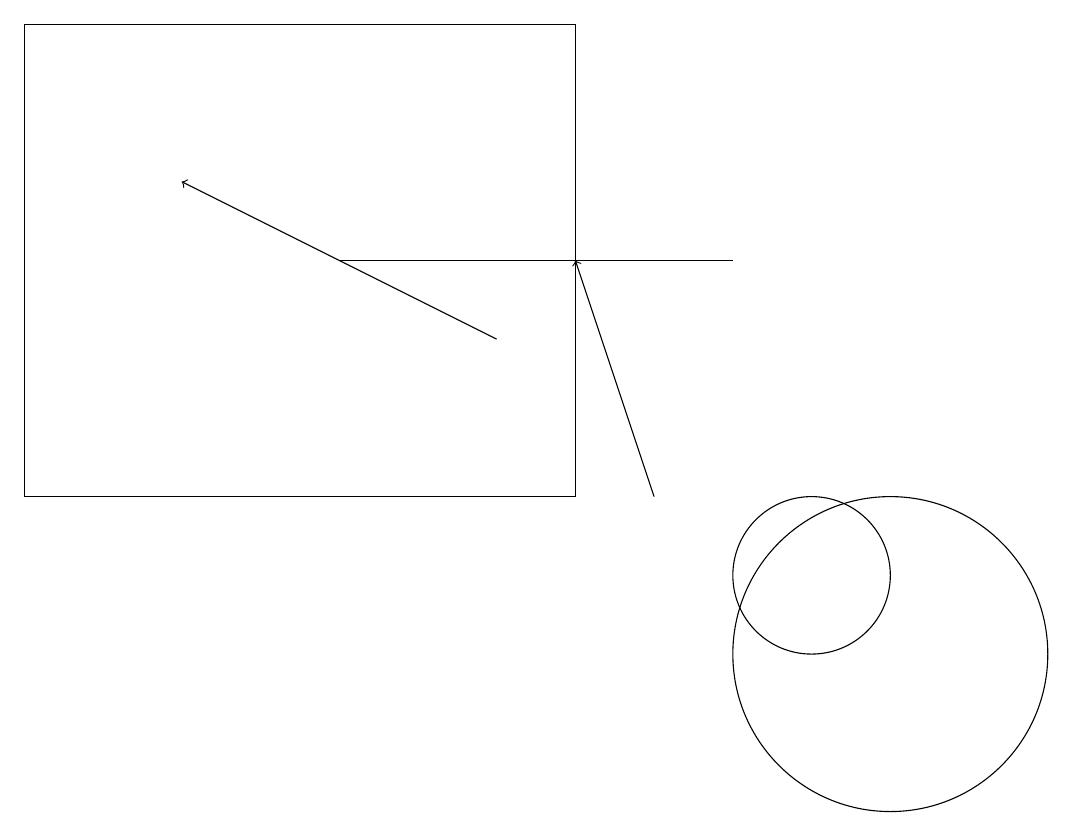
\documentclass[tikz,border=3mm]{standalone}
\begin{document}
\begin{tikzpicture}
\draw[->] (6,14) -- (2,16);
\draw (10,11) circle (1);
\draw (4,15) rectangle (9,15);
\draw (11,10) circle (2);
\draw[->] (8,12) -- (7,15);
\draw (7,12) rectangle (0,18);
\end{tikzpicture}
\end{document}